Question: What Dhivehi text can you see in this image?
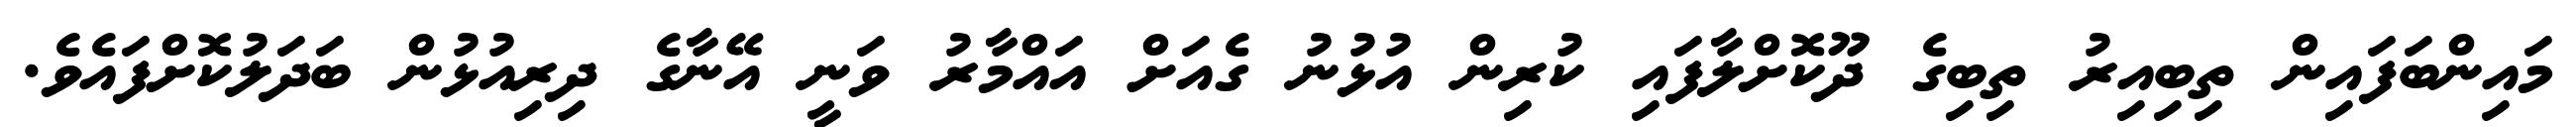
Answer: މައިންބަފައިން ތިބިއިރު ތިބިގެ ދޫކޮށްލާފައި ކުރިން އުޅުނު ގެއަށް އައްމާރު ވަނީ އޭނާގެ ދިރިއުޅުން ބަދަލުކޮށްފައެވެ.